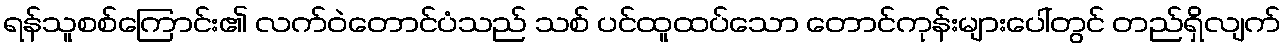
ရန်သူစစ်ကြောင်း၏ လက်ဝဲတောင်ပံသည် သစ် ပင်ထူထပ်သော တောင်ကုန်းများပေါ်တွင် တည်ရှိလျက်